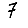
Digit: 7